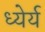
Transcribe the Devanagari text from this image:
ध्येर्य